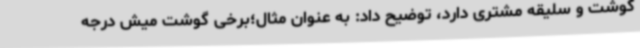
گوشت و سلیقه مشتری دارد، توضیح داد: به عنوان مثال؛برخی گوشت میش درجه